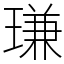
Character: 㻩